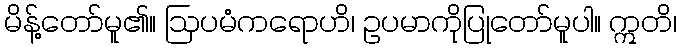
မိန့်တော်မူ၏။ ဩပမံကရောဟိ၊ ဥပမာကိုပြုတော်မူပါ။ ဣတိ၊